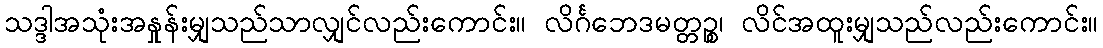
သဒ္ဒါအသုံးအနှုန်းမျှသည်သာလျှင်လည်းကောင်း။ လိင်္ဂဘေဒမတ္တဉ္စ၊ လိင်အထူးမျှသည်လည်းကောင်း။